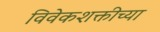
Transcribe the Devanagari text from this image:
विवेकशक्तीच्या